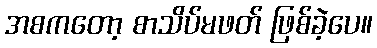
အစကတော့ စာသိပ်မဖတ် ဖြစ်ခဲ့ပေ။